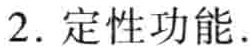
2. 定性功能.